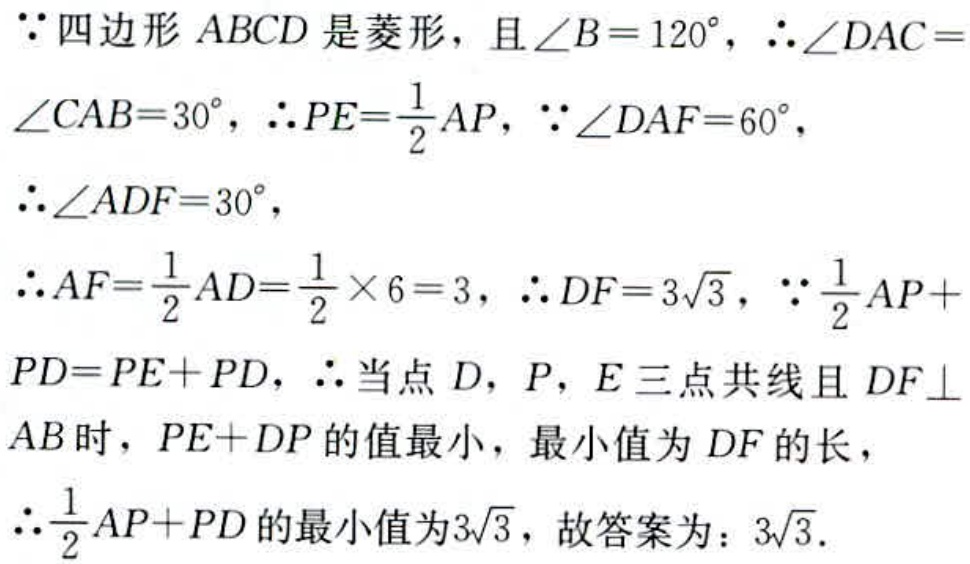
\(\because\)四边形\(ABCD\)是菱形，且\(\angle B = 120^{\circ}\)，\(\therefore\angle DAC=\angle CAB = 30^{\circ}\)，\(\therefore PE=\frac{1}{2}AP\)，\(\because\angle DAF = 60^{\circ}\)，
\(\therefore\angle ADF = 30^{\circ}\)，
\(\therefore AF=\frac{1}{2}AD=\frac{1}{2}\times6 = 3\)，\(\therefore DF = 3\sqrt{3}\)，\(\because\frac{1}{2}AP + PD=PE + PD\)，\(\therefore\)当点\(D\)，\(P\)，\(E\)三点共线且\(DF\perp AB\)时，\(PE + DP\)的值最小，最小值为\(DF\)的长，
\(\therefore\frac{1}{2}AP + PD\)的最小值为\(3\sqrt{3}\)，故答案为：\(3\sqrt{3}\).